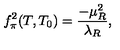
f _ { \pi } ^ { 2 } ( T , T _ { 0 } ) = \frac { - \mu _ { R } ^ { 2 } } { \lambda _ { R } } ,